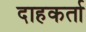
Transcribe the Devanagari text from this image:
दाहकर्ता